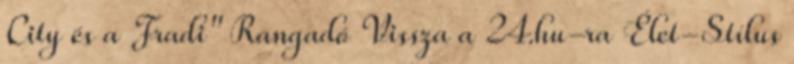
City és a Fradi" Rangadó Vissza a 24.hu-ra Élet-Stílus